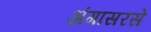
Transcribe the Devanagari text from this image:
अंगासरसे